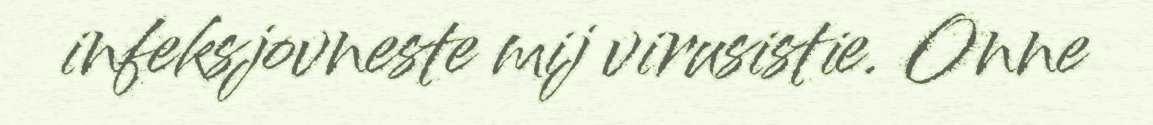
infeksjovneste mij virusistie. Onne